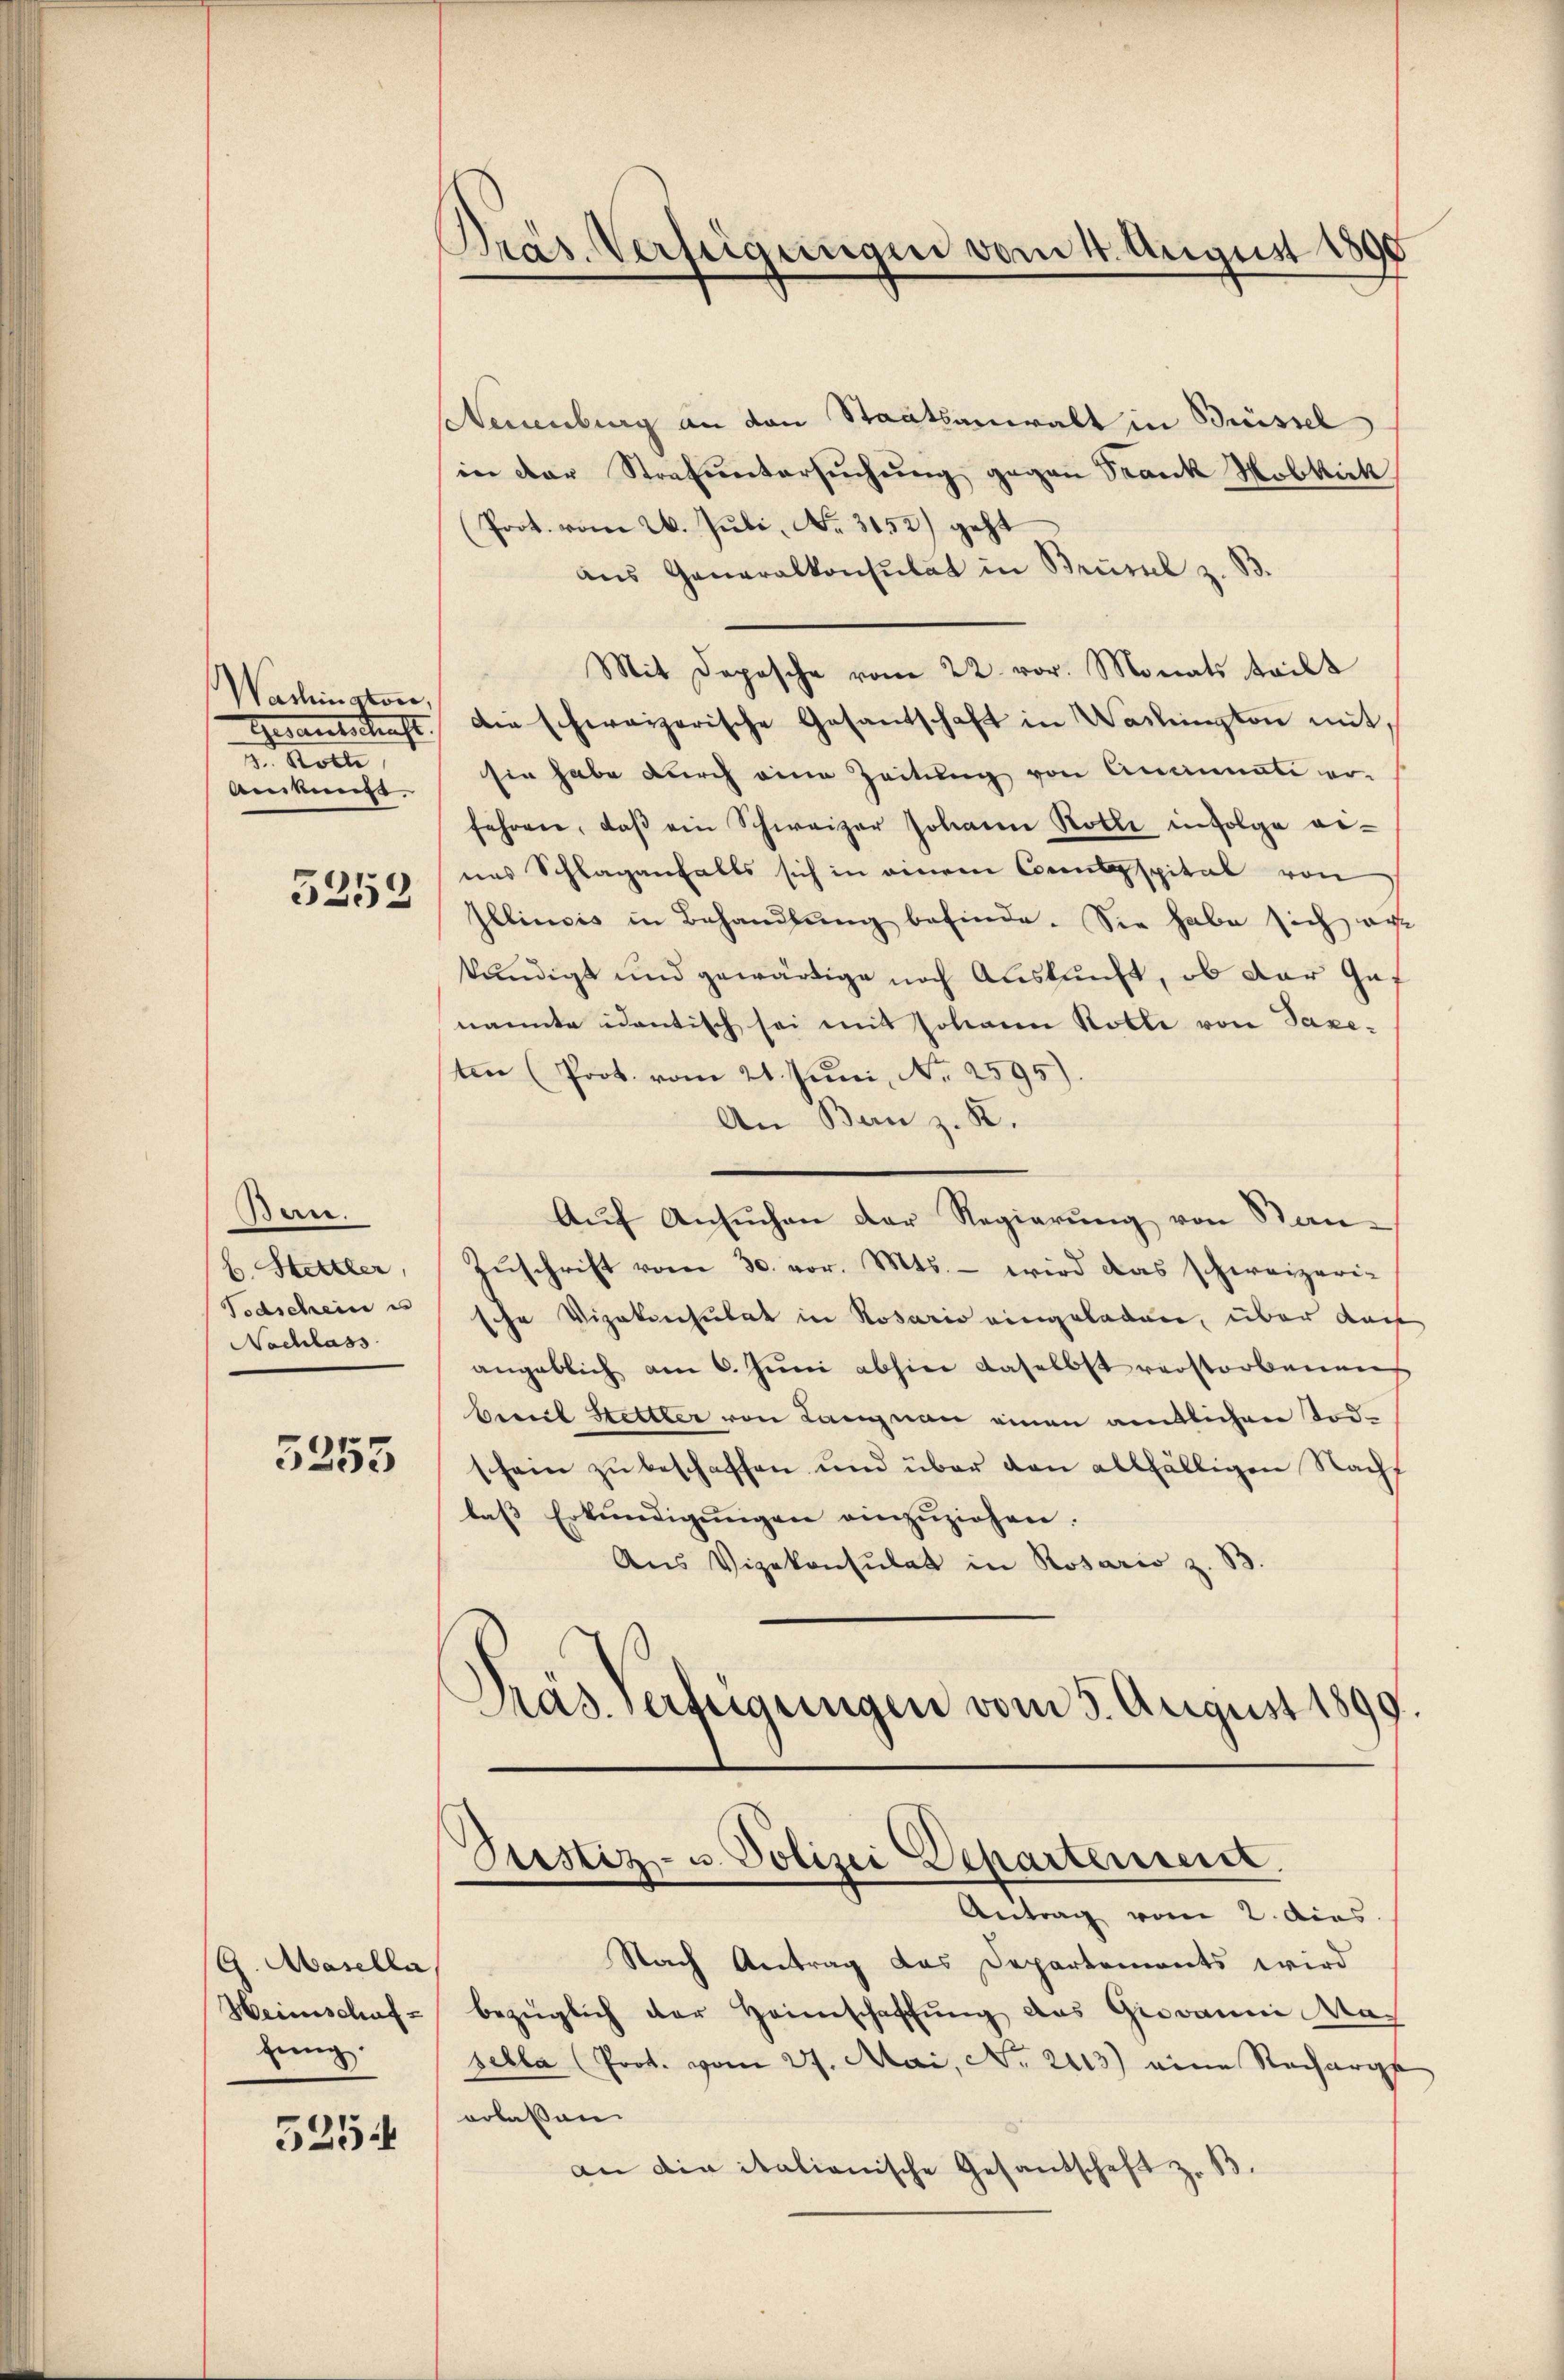
Wachington,
3. Roth,
Ankunge

5252

Bar.
E Hettler,
Todschein e
Nachlass

5355

G. Masella
Heimschuf
zung.

525

Präs. Verfügungen vom 4. August 1890

steuenburg an den Staatsanwalt in Brüssel
in der Strafuntersŭchŭng gegen Trank Hobkick
(Prot. vom 26. Jŭli, No. 3152) geht
ans Generalkonsulat in Brüssel z. B.
Mit Depesche vom 22. vor. Monats teilt
Gesantschaft. Die schweizerische Gesantschaft in Washington mit
sie habe durch eine Zeitung von Aeminati er-
fahren, daβ ein Schweizer Johann Rolle infolge ei-
nes Schlaganfalls sich in einem Consspital von
Illinois in Behandlung befinde. Sie habe sich au
kündigt und gewärtige nach Auskunft, ob der Gef
nannte identisch sei mit Johann Rolle von Taxe-
ten (Prot. vom 21. Juni, Nr. 2595).
An Bau z. K.
Aŭf Ansŭchen der Regierung von Stan¬
Zŭschrift vom 30. vor. Mts. – wird das schweizeri-
sche Vizekonsulat in Rosario eingeladen, über das
angeblich am 6. Juni abhin daselbst verstorbenen
berich Stettler von Langnau einen amtlichen Todschein zu beschaffen und über den allfälligen Nacht
laβ Erkundigŭngen einzŭziehen.
Aus Vizekonsulat in Rosario z. B.
Präs. verfügungen vom 5. August 1899.

Justiz- u. Polizei Departement.

Antrag vom 2. dies
Nach Antrag das Departements wird
bezüglich der Heimschaffung das Giovanni Masella (Prot. vom 27. Mai, No. 2113) eine Recharge
erlassen
an die italianische Gesandschaft z. B.